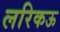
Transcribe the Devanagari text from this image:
लरिकऊ